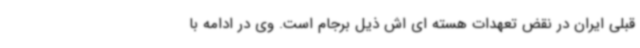
قبلی ایران در نقض تعهدات هسته ای اش ذیل برجام است. وی در ادامه با